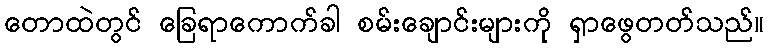
တောထဲတွင် ခြေရာကောက်ခါ စမ်းချောင်းများကို ရှာဖွေတတ်သည်။